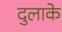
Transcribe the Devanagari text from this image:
दुलाके